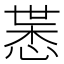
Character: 𢜨